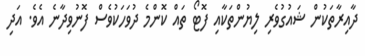
ދާއިރާތަކުން ޝައުގުވެރި ލިޔުންތަކާއި ފޮޓޯ ތައް ކޮންމެ ދުވަހަކުވެސް ފޮނުވިދާނެ އެވެ. އަދި